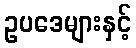
ဥပဒေများနှင့်